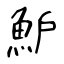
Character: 魲